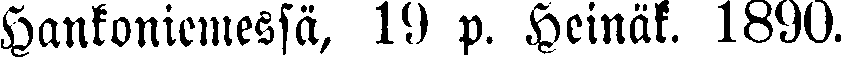
Hankoniemessä, 19 p. Heinäk. 1890.